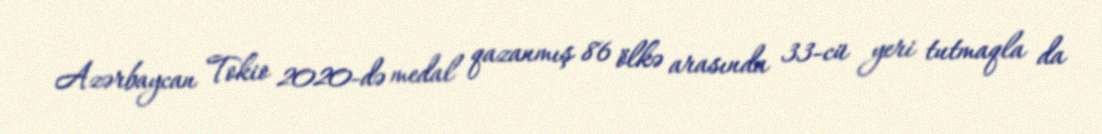
Azərbaycan Tokio 2020-də medal qazanmış 86 ölkə arasında 33-cü yeri tutmaqla da